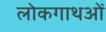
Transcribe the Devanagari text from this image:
लोकगाथओं